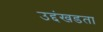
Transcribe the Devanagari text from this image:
उद्दंखडता